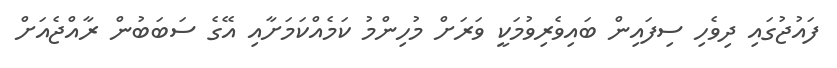
ފައުޖުގައި ދިވެހި ސިފައިން ބައިވެރިވުމަކީ ވަރަށް މުހިންމު ކަމެއްކަމަށާއި އޭގެ ސަބަބުން ރާއްޖެއަށް